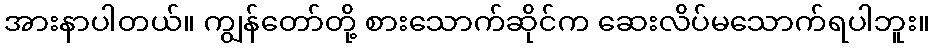
အားနာပါတယ်။ ကျွန်တော်တို့ စားသောက်ဆိုင်က ဆေးလိပ်မသောက်ရပါဘူး။